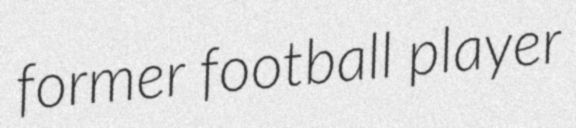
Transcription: former football player